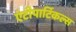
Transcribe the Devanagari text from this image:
एंटीपार्टिकल्स